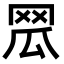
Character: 𦊡